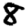
Digit: 8